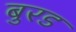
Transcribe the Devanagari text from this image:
बुरड